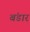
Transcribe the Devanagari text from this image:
बंडार